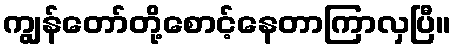
ကျွန်တော်တို့စောင့်နေတာကြာလှပြီ။